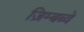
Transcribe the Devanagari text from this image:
ज़िम्बब्वे